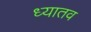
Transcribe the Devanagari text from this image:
ध्यातव